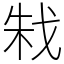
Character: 㦵